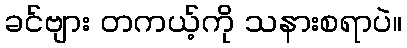
ခင်ဗျား တကယ့်ကို သနားစရာပဲ။